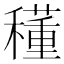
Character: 𥣑